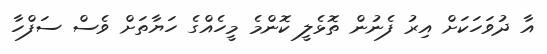
އާ ދުވަހަކަށް އިރު ފެނުން ތޮޅެލީީ ކޮންމެ މީހެއްގެ ހަޔާތަށް ވެސް ސަފްހާ